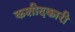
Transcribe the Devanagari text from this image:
कशीदकारी